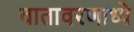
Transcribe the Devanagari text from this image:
वातावरणाध्ये